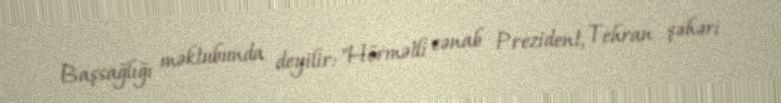
Başsağlığı məktubunda deyilir: "Hörmətli cənab Prezident, Tehran şəhəri